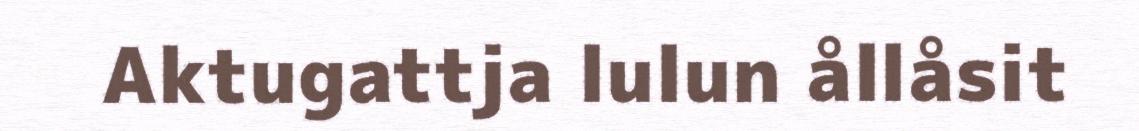
Aktugattja lulun ållåsit